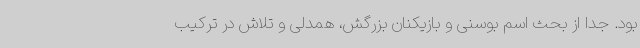
بود. جدا از بحث اسم بوسنی و بازیکنان بزرگش، همدلی و تلاش در ترکیب